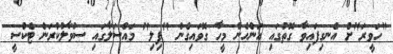
"ހަވީރަ"ށް އެނގިފައިވާ ގޮތުގައި އަންހެން މީހާ ގޮވައިގެން "ފިލި" މައްސަލާގައި ސުވާލުކުރަން ޓެކްސީ